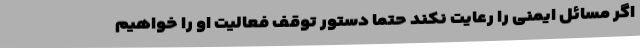
اگر مسائل ایمنی را رعایت نکند حتما دستور توقف فعالیت او را خواهیم